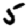
Digit: 5